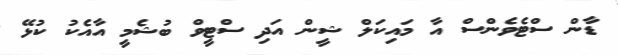
ޑާން ސްޓެވެންސް އާ މައިކަލް ޝީން އަދި ސްޓީވް ބުޝެމީ އާއެކު ކުޅޭ